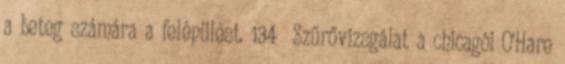
a beteg számára a felépülést. 134 Szűrővizsgálat a chicagói O’Hare